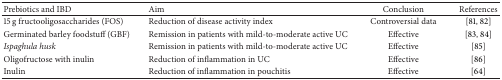
| Prebiotics and IBD | Aim | Conclusion | References |
 | --- | --- | --- | --- |
 | 15 g fructooligosaccharides (FOS) | Reduction of disease activity index | Controversial data | [81, 82] |
 | Germinated barley foodstuff (GBF) | Remission in patients with mild-to-moderate active UC | Effective | [83, 84] |
 | Ispaghula husk | Remission in patients with mild-to-moderate active UC | Effective | [85] |
 | Oligofructose with inulin | Reduction of inflammation in UC | Effective | [86] |
 | Inulin | Reduction of inflammation in pouchitis | Effective | [64] |